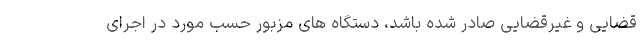
قضایی و غیرقضایی صادر شده باشد، دستگاه های مزبور حسب مورد در اجرای